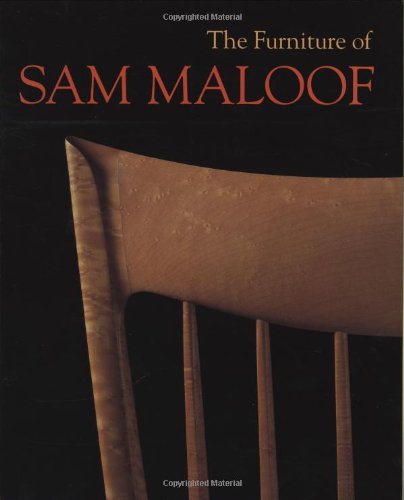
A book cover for The Furniture of Sam Maloof; Jeremy Adamson; Crafts, Hobbies & Home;